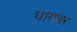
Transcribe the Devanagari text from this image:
धारावर